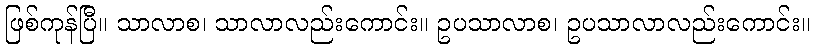
ဖြစ်ကုန်ပြီ။ သာလာစ၊ သာလာလည်းကောင်း။ ဥပသာလာစ၊ ဥပသာလာလည်းကောင်း။